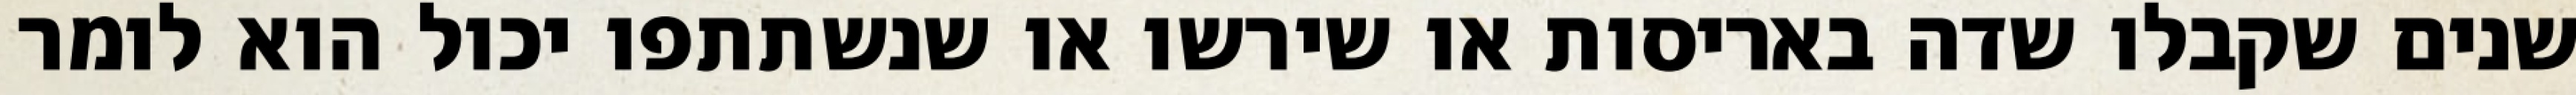
שנים שקבלו שדה באריסות או שירשו או שנשתתפו יכול הוא לומר